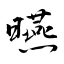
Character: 曣